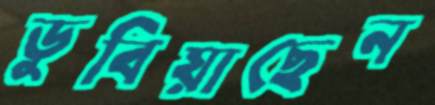
ডুবিয়াছেন